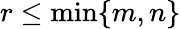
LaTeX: r\leq\operatorname*{min}\{ m,n\}